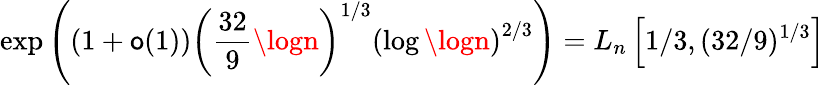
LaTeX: \exp\left(\left(1+\mathsf{o}(1)\right)\left({\frac{{32}}{{9}}}\logn\right)^{1/3}\left(\log\logn\right)^{2/3}\right)=L_{n}\left[1/3,(32/9)^{1/3}\right]